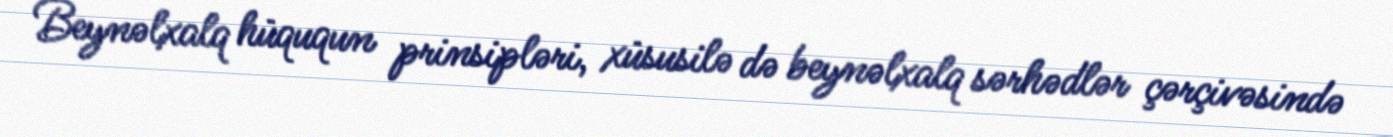
Beynəlxalq hüququn prinsipləri, xüsusilə də beynəlxalq sərhədlər çərçivəsində